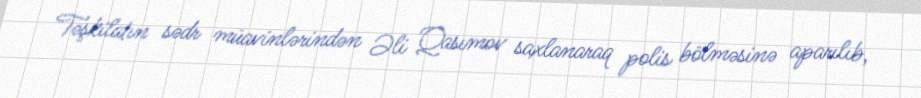
Təşkilatın sədr müavinlərindən Əli Qasımov saxlanaraq polis bölməsinə aparılıb,